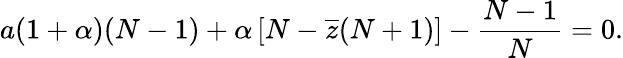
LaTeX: a(1+\alpha)(N-1)+\alpha\left[N-\overline{z}(N+1)\right]-\frac{N-1}{N}=0.